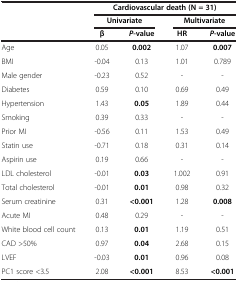
|  | <COLSPAN=4> Cardiovascular death (N = 31) |
 |  | <COLSPAN=2> Univariate | <COLSPAN=2> Multivariate |
 |  | β | P-value | HR | P-value |
 | --- | --- | --- | --- | --- |
 | Age | 0.05 | 0.002 | 1.07 | 0.007 |
 | BMI | -0.04 | 0.13 | 1.01 | 0.789 |
 | Male gender | -0.23 | 0.52 | - | - |
 | Diabetes | 0.59 | 0.10 | 0.69 | 0.49 |
 | Hypertension | 1.43 | 0.05 | 1.89 | 0.44 |
 | Smoking | 0.39 | 0.33 | - | - |
 | Prior MI | -0.56 | 0.11 | 1.53 | 0.49 |
 | Statin use | -0.71 | 0.18 | 0.31 | 0.14 |
 | Aspirin use | 0.19 | 0.66 | - | - |
 | LDL cholesterol | -0.01 | 0.03 | 1.002 | 0.91 |
 | Total cholesterol | -0.01 | 0.01 | 0.98 | 0.32 |
 | Serum creatinine | 0.31 | <0.001 | 1.28 | 0.008 |
 | Acute MI | 0.48 | 0.29 | - | - |
 | White blood cell count | 0.13 | 0.01 | 1.19 | 0.51 |
 | CAD >50% | 0.97 | 0.04 | 2.68 | 0.15 |
 | LVEF | -0.03 | 0.01 | 0.96 | 0.08 |
 | PC1 score <3.5 | 2.08 | <0.001 | 8.53 | <0.001 |